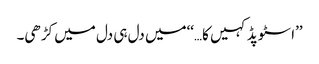
’’اسٹوپڈ کہیں کا…‘‘میں دل ہی دل میں کڑھی۔